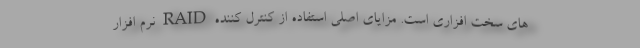
های سخت افزاری است. مزایای اصلی استفاده از کنترل کننده RAID نرم افزار